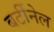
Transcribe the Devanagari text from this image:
बर्टीनेल